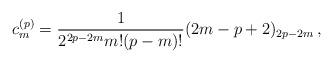
LaTeX: \begin{align*}c_m^{(p)}=\frac{1}{2^{2p-2m}m!(p-m)!} (2m-p+2)_{2p-2m} \, , \end{align*}